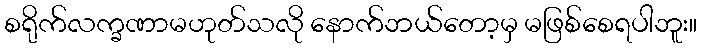
စရိုက်လက္ခဏာမဟုတ်သလို နောက်ဘယ်တော့မှ မဖြစ်စေရပါဘူး။